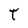
Character: T